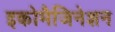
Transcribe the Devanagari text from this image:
इकोमैजिनेशन